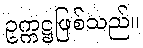
ဥက္ကဋ္ဌဖြစ်သည်။